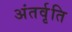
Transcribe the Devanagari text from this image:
अंतर्वृति